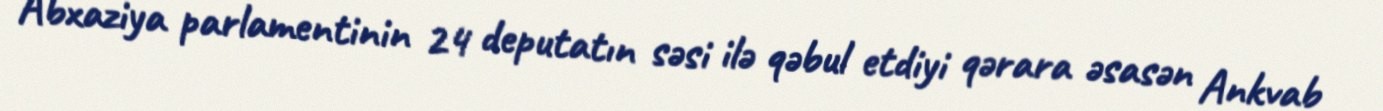
Abxaziya parlamentinin 24 deputatın səsi ilə qəbul etdiyi qərara əsasən Ankvab